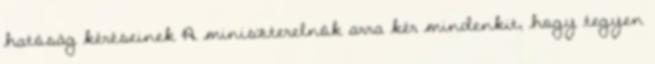
hatóság kéréseinek A miniszterelnök arra kér mindenkit, hogy tegyen